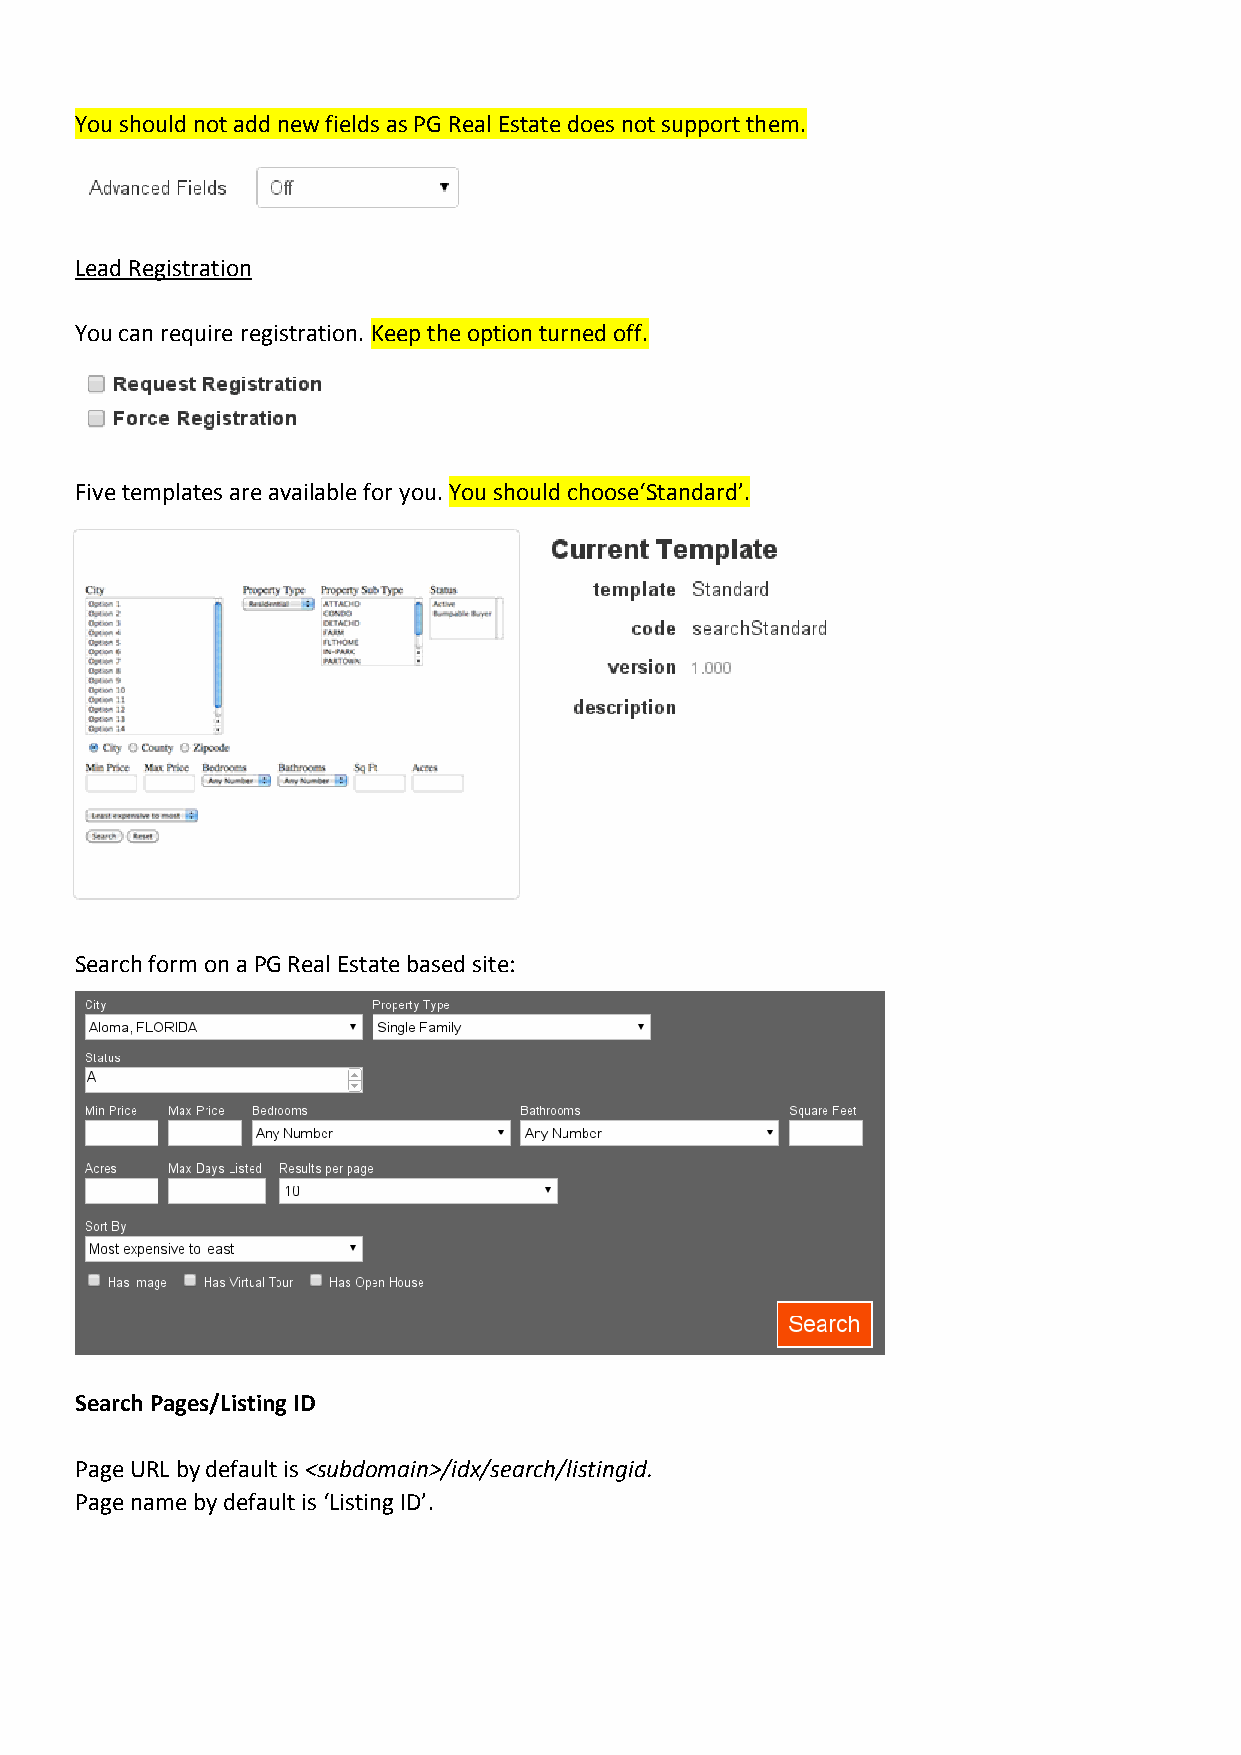
You should not add new fields as PG Real Estate does not support them.
 Lead Registration
 You can require registration. Keep the option turned off.
 Five templates are available for you. You should choose‘Standard’.
 Search form on a PG Real Estate based site:
 Search Pages/Listing ID
 Page URL by default is <subdomain>/idx/search/listingid.
 Page name by default is ‘Listing ID’.